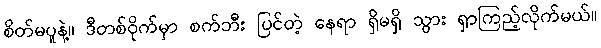
စိတ်မပူနဲ့။ ဒီတစ်ဝိုက်မှာ စက်ဘီး ပြင်တဲ့ နေရာ ရှိမရှိ သွား ရှာကြည့်လိုက်မယ်။